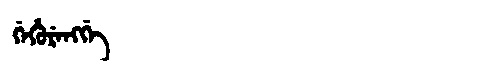
Manchu: ᡤᡝᡥᡠᡵᡝᠩᡤᡝ
Romanization: GEHURENGGE